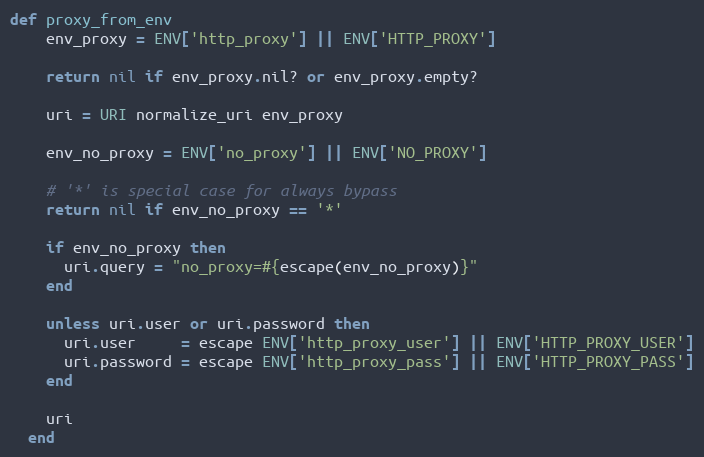
Language: Ruby
def proxy_from_env
    env_proxy = ENV['http_proxy'] || ENV['HTTP_PROXY']

    return nil if env_proxy.nil? or env_proxy.empty?

    uri = URI normalize_uri env_proxy

    env_no_proxy = ENV['no_proxy'] || ENV['NO_PROXY']

    # '*' is special case for always bypass
    return nil if env_no_proxy == '*'

    if env_no_proxy then
      uri.query = "no_proxy=#{escape(env_no_proxy)}"
    end

    unless uri.user or uri.password then
      uri.user     = escape ENV['http_proxy_user'] || ENV['HTTP_PROXY_USER']
      uri.password = escape ENV['http_proxy_pass'] || ENV['HTTP_PROXY_PASS']
    end

    uri
  end